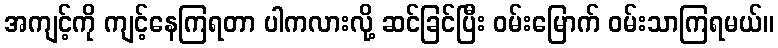
အကျင့်ကို ကျင့်နေကြရတာ ပါကလားလို့ ဆင်ခြင်ပြီး ဝမ်းမြောက် ဝမ်းသာကြရမယ်။